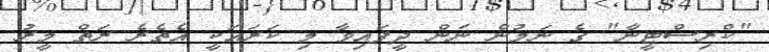
"ކްރިސްޓީނާ" ގެ ނަމުން ނަން ދީފައިވާ މި ކަރައަކީ އެތެރެ ރަތް މީރު